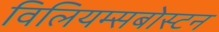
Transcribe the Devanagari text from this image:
विलियम्सबोस्टन